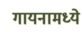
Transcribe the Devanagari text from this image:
गायनामध्ये